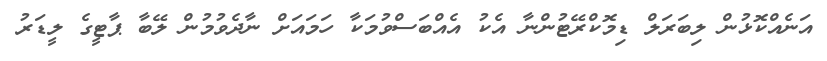
އަނެއްކޮޅުން ލިބަރަލް ޑިމޮކްރޭޓުންނާ އެކު އެއްބަސްވުމަކާ ހަމައަށް ނާދެވުމުން ލޭބާ ޕާޓީގެ ލީޑަރު